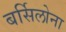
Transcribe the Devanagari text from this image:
बर्सिलोना